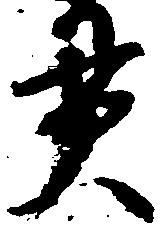
貫